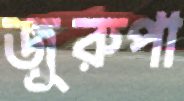
জুরুপা